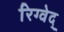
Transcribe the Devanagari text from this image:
रिग्वेद्